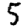
Digit: 5